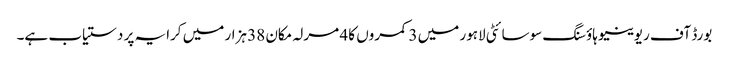
بورڈ آف ریوینیو ہاؤسنگ سوسائٹی لاہور میں 3 کمروں کا 4 مرلہ مکان 38 ہزار میں کرایہ پر دستیاب ہے۔